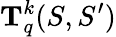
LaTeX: \mathbf{T}_{q}^{k}(S,S^{\prime})